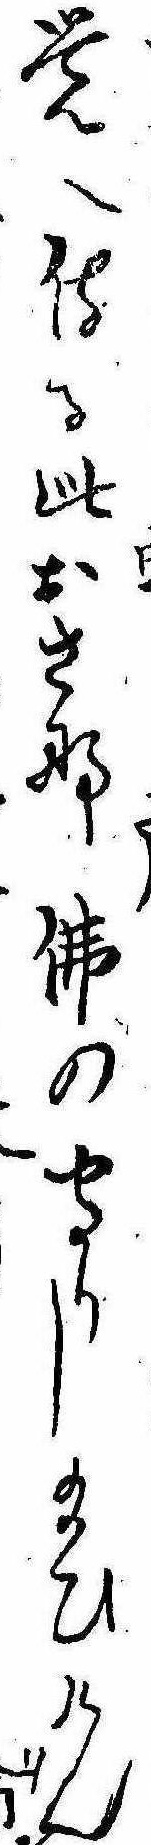
覚へ侍る此おさな仏の守りし給ひけん